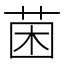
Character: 𮏄